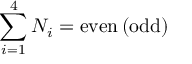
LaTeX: \sum _ { i = 1 } ^ { 4 } N _ { i } = \mathrm { e v e n \, ( o d d ) }